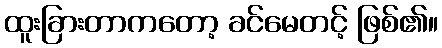
ထူးခြားတာကတော့ ခင်မေတင့် ဖြစ်၏။